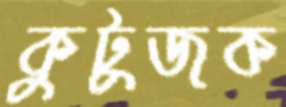
কুটুজক